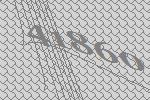
41860